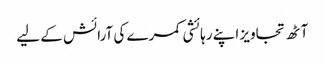
آٹھ تجاویز اپنے رہائشی کمرے کی آرائش کے لیے